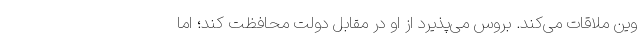
وین ملاقات می‌کند. بروس می‌پذیرد از او در مقابل دولت محافظت کند؛ اما